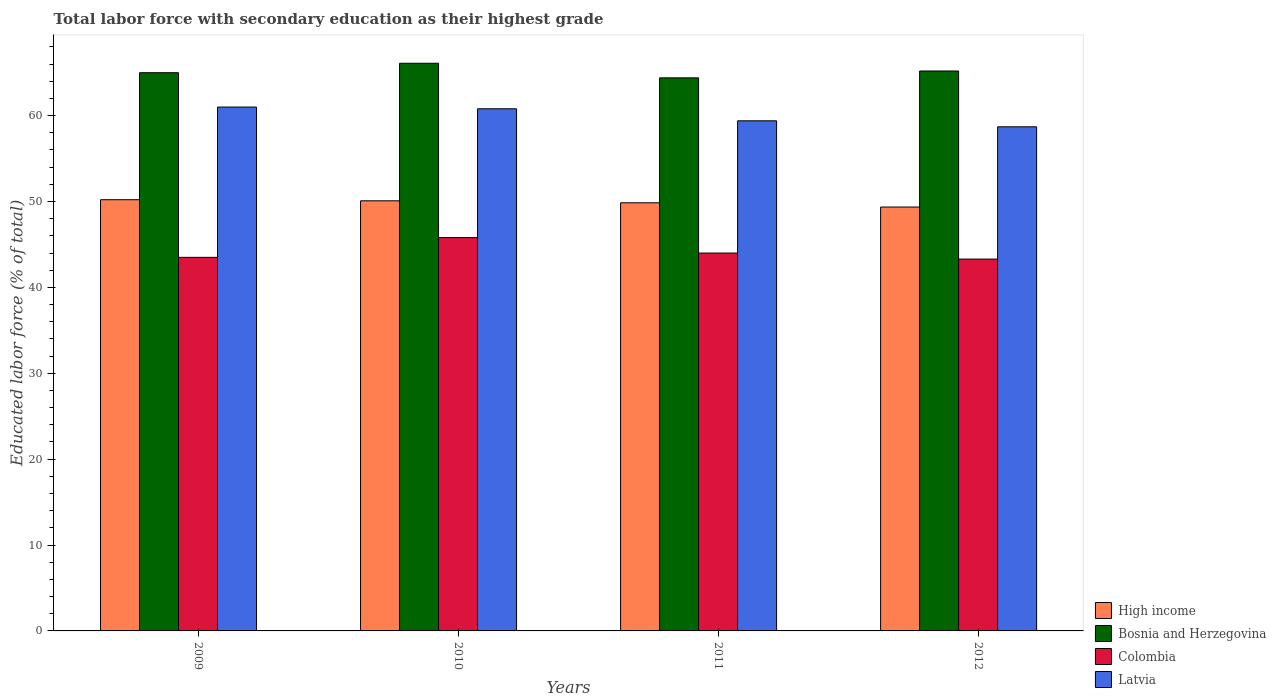
| Years | High income | Bosnia and Herzegovina | Colombia | Latvia |
 | --- | --- | --- | --- | --- |
 | 2009 | 50.2 | 65 | 43.5 | 61 |
 | 2010 | 50.1 | 66.1 | 45.8 | 60.8 |
 | 2011 | 49.9 | 64.4 | 44 | 59.4 |
 | 2012 | 49.4 | 65.2 | 43.3 | 58.7 |